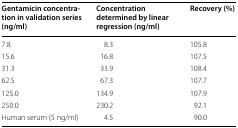
| Gentamicin concentration in validation series (ng/ml) | Concentration determined by linear regression (ng/ml) | Recovery (%) |
 | --- | --- | --- |
 | 7.8 | 8.3 | 105.8 |
 | 15.6 | 16.8 | 107.5 |
 | 31.3 | 33.9 | 108.4 |
 | 62.5 | 67.3 | 107.7 |
 | 125.0 | 134.9 | 107.9 |
 | 250.0 | 230.2 | 92.1 |
 | Human serum (5 ng/ml) | 4.5 | 90.0 |